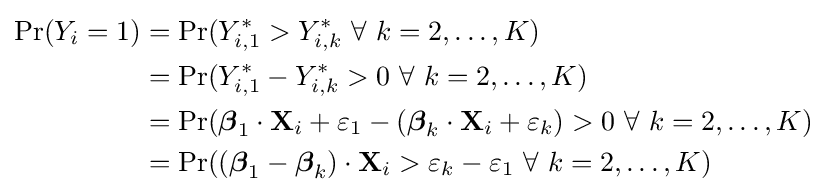
{\begin{aligned}\Pr(Y_{i}=1)&=\Pr(Y_{i,1}^{\ast }>Y_{i,k}^{\ast }\ \forall \ k=2,\ldots ,K)\\&=\Pr(Y_{i,1}^{\ast }-Y_{i,k}^{\ast }>0\ \forall \ k=2,\ldots ,K)\\&=\Pr({\boldsymbol {\beta }}_{1}\cdot \mathbf {X} _{i}+\varepsilon _{1}-({\boldsymbol {\beta }}_{k}\cdot \mathbf {X} _{i}+\varepsilon _{k})>0\ \forall \ k=2,\ldots ,K)\\&=\Pr(({\boldsymbol {\beta }}_{1}-{\boldsymbol {\beta }}_{k})\cdot \mathbf {X} _{i}>\varepsilon _{k}-\varepsilon _{1}\ \forall \ k=2,\ldots ,K)\end{aligned}}